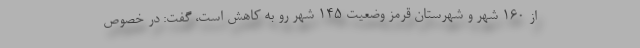
از ۱۶۰ شهر و شهرستان قرمز وضعیت ۱۴۵ شهر رو به کاهش است، گفت: در خصوص